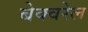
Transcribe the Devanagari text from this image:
बेक्वरेल